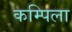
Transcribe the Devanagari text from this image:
कम्पिला